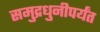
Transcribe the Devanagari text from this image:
समुद्रधुनीपर्यंत